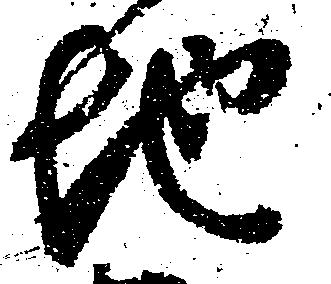
地